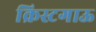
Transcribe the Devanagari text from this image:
क्रिस्टगाऊ